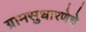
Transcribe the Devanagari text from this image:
ग्रामसुधारणेचे